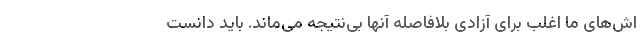
اش‌های ما اغلب برای آزادی بلافاصله آنها بی‌نتیجه می‌ماند. باید دانست